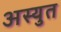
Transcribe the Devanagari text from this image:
अस्युत